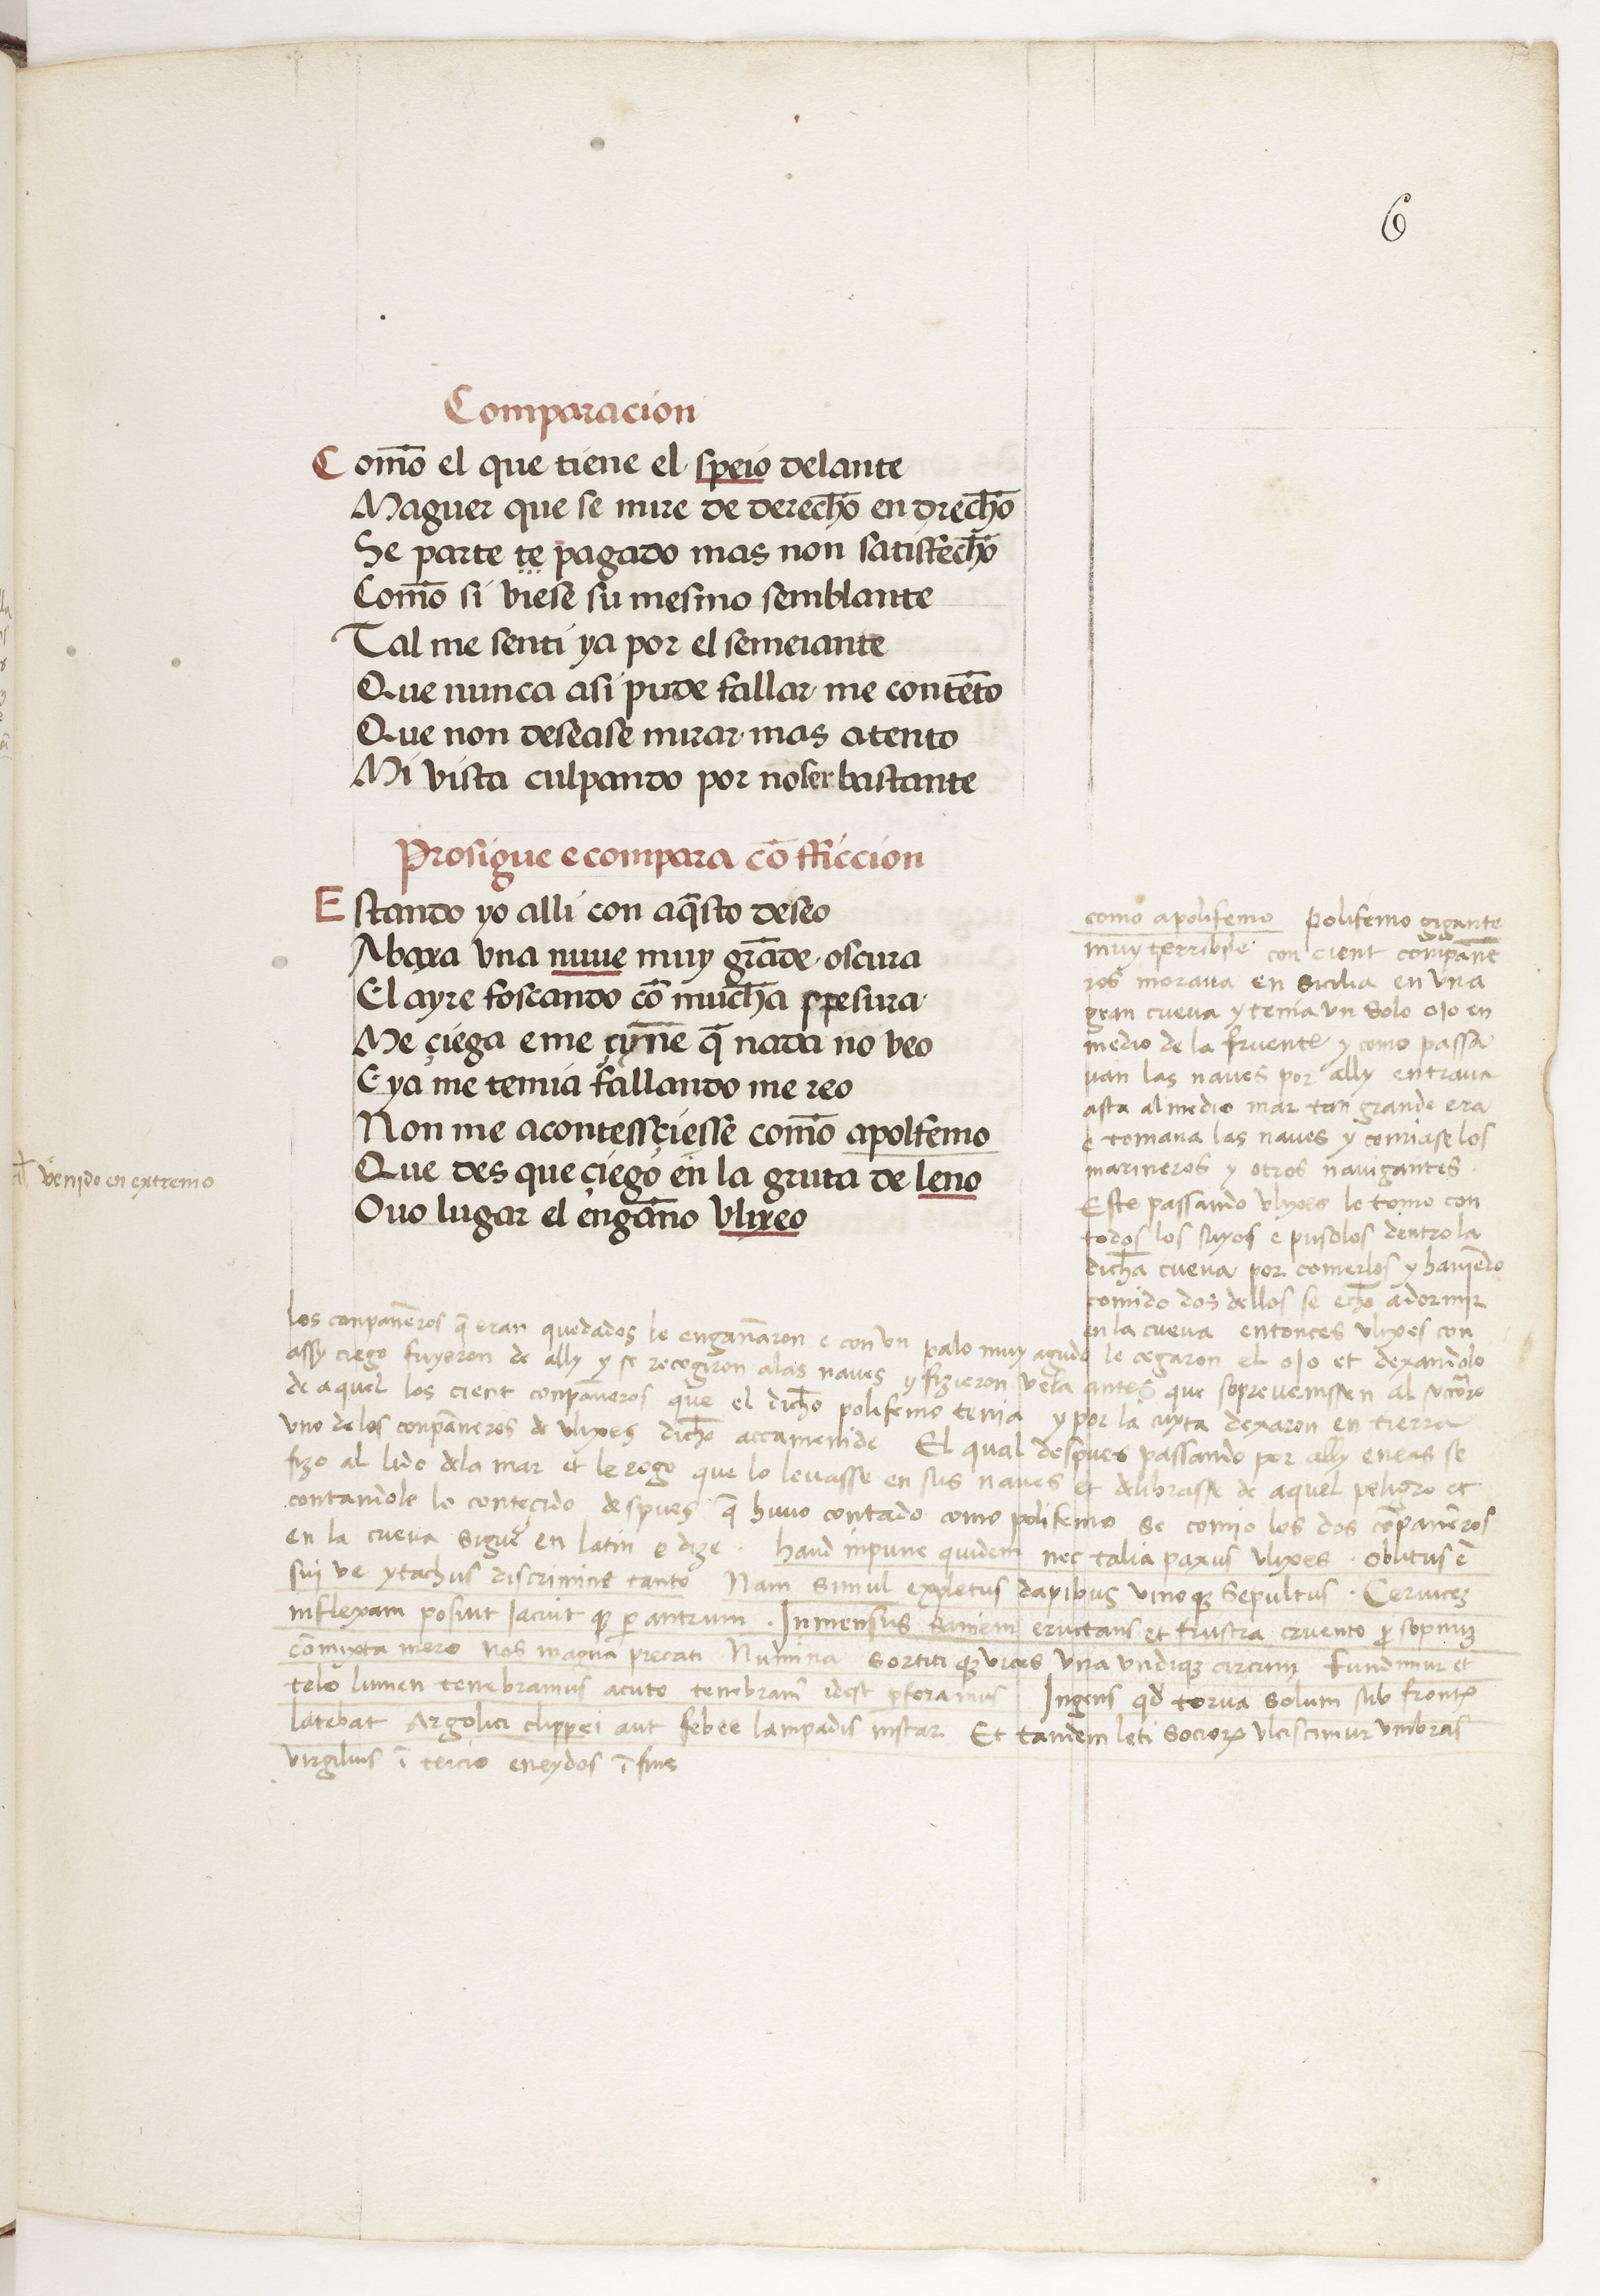
Shelfmark: Paris, BnF, esp. 229
Century: 15